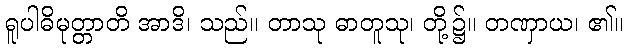
ရူပါဓိမုတ္တာတိ အာဒိ၊ သည်။ တာသု ဓာတူသု၊ တို့၌။ တဏှာယ၊ ၏။